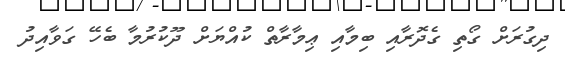
ދިގުރަށް ގޯތި ގެދޮރާއި ބިމާއި ޢިމާރާތް ކުއްޔަށް ދޫކުރުމާ ބެހޭ ގަވާއިދު